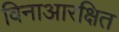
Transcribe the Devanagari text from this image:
विनाआरक्षित